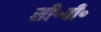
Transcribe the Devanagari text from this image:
सी॰वी॰